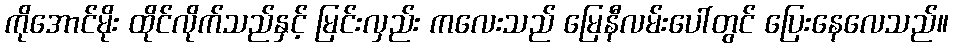
ကိုအောင်မိုး ထိုင်လိုက်သည်နှင့် မြင်းလှည်း ကလေးသည် မြေနီလမ်းပေါ်တွင် ပြေးနေလေသည်။